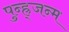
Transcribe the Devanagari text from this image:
पुन्ह्र्जन्म